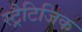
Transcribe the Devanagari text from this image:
स्ट्रैटिजिक